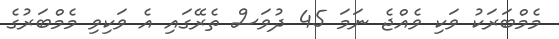
މެމްބަރަކު ވަކި ވެއްޖެ ނަމަ 45 ދުވަސް ތެރޭގައި އެ ވަކިވި މެމްބަރުގެ